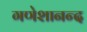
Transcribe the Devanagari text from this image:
गणेशानन्द